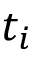
t _ { i }